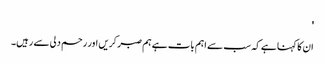
'
ان کا کہنا ہے کہ سب سے اہم بات ہے ہم صبر کریں اور رحم دلی سے رہیں۔